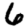
Digit: 6